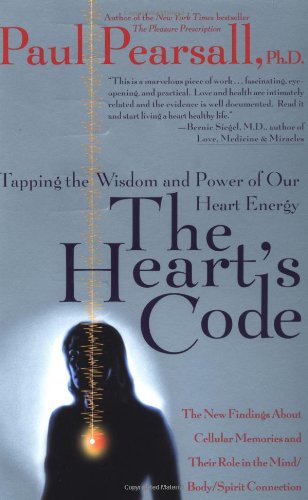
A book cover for The Heart's Code: Tapping the Wisdom and Power of Our Heart Energy; Paul Pearsall; Health, Fitness & Dieting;